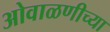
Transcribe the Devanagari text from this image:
ओवाळणीच्या